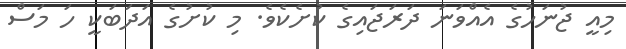
މިއީ ޖުނަހުގެ އެއްވަނަ ދަރަޖައިގެ ކުށެކެވެ. މި ކުށުގެ އަދަބަކީ ހަ މަސް